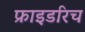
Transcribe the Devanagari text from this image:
फ्राइडरिच